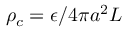
\rho _ { c } = \epsilon / 4 \pi a ^ { 2 } L